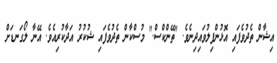
އިޝާން ތެދުވެފައި އޮޅުންފިލުވައިދިނެވެ. "ތޭންކްސް." މުސްކާން ތެދުވެފައި ޝުކުރު އަދާކުރިއެވެ. އޭނާ ލޯގަނޑަށް